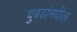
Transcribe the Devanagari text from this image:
घुबडांमधील